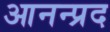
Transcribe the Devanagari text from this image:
आनन्प्रद